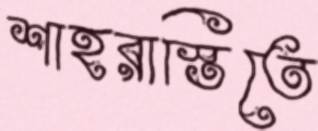
শাহরাস্তিতে